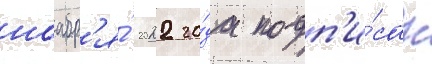
ноабр'я́ 2022 го́да подп'и́сан